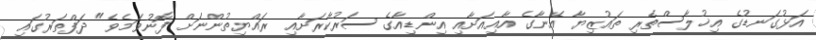
އަޅުގަނޑުގެ އިޚުލާސްތެރި ތައުޒިޔާ އޭނާގެ އާއިއަށާއި އިންޑިއާގެ ސަރުކާރަށާއި ރައްޔިތުންނަށް ފޮނުވަމެވެ" ދަފްތަރުގައި